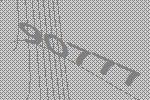
90777